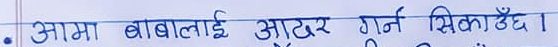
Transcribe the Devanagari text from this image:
आमा बाबालाई आदर गर्न सिकाउँछ।